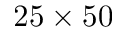
2 5 \times 5 0